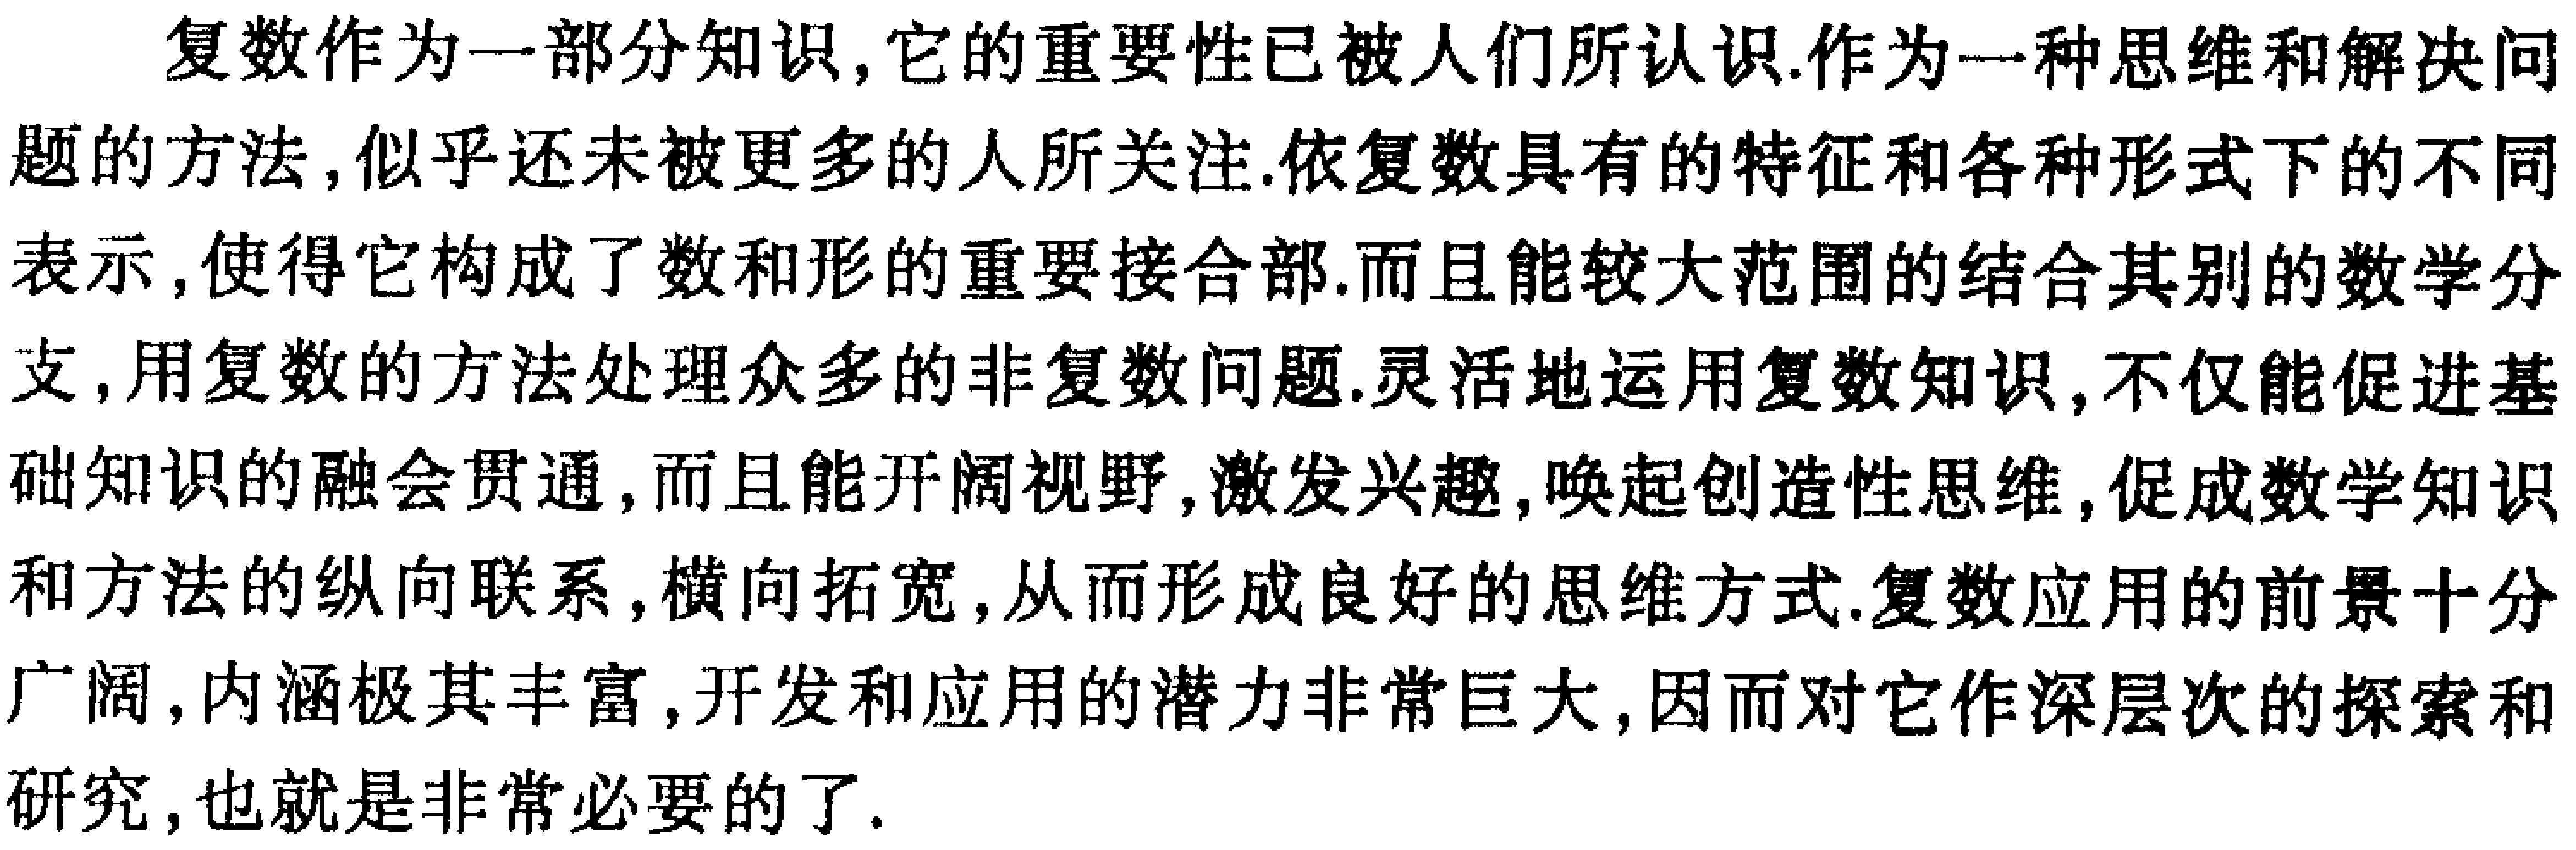
复数作为一部分知识,它的重要性已被人们所认识.作为一种思维和解决问题的方法,似乎还未被更多的人所关注.依复数具有的特征和各种形式下的不同表示,使得它构成了数和形的重要接合部.而且能较大范围的结合其别的数学分支,用复数的方法处理众多的非复数问题.灵活地运用复数知识,不仅能促进基础知识的融会贯通,而且能开阔视野,激发兴趣,唤起创造性思维,促成数学知识和方法的纵向联系,横向拓宽,从而形成良好的思维方式.复数应用的前景十分广阔,内涵极其丰富,开发和应用的潜力非常巨大,因而对它作深层次的探索和研究,也就是非常必要的了.